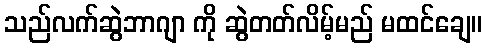
သည်လက်ဆွဲဘာဂျာ ကို ဆွဲတတ်လိမ့်မည် မထင်ချေ။